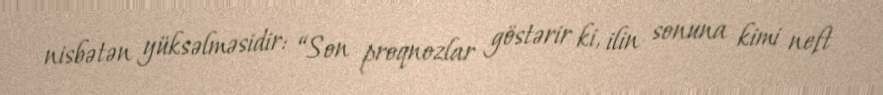
nisbətən yüksəlməsidir: “Son proqnozlar göstərir ki, ilin sonuna kimi neft